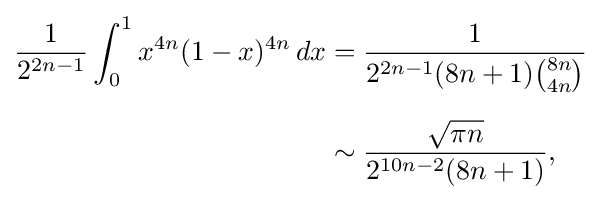
{\begin{aligned}{\frac {1}{2^{2n-1}}}\int _{0}^{1}x^{4n}(1-x)^{4n}\,dx&={\frac {1}{2^{2n-1}(8n+1){\binom {8n}{4n}}}}\\[6pt]&\sim {\frac {\sqrt {\pi n}}{2^{10n-2}(8n+1)}},\end{aligned}}